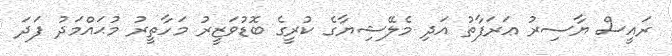
ރައީސް ޔާސިރު ޢަރަފާތު އަދި މެލޭޝިޔާގެ ކުރީގެ ބޮޑުވަޒީރު މަހާތީރު މުޙައްމަދު ފަދަ